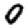
Digit: 0